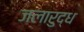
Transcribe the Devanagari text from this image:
जलारुद्ध